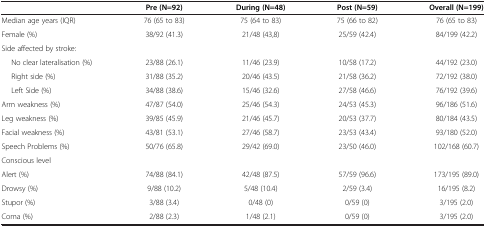
|  | Pre (N=92) | During (N=48) | Post (N=59) | Overall (N=199) |
 | --- | --- | --- | --- | --- |
 | Median age years (IQR) | 76 (65 to 83) | 75 (64 to 83) | 75 (66 to 82) | 76 (65 to 83) |
 | Female (%) | 38/92 (41.3) | 21/48 (43,8) | 25/59 (42.4) | 84/199 (42.2) |
 | Side affected by stroke: |  |  |  |  |
 | No clear lateralisation (%) | 23/88 (26.1) | 11/46 (23.9) | 10/58 (17.2) | 44/192 (23.0) |
 | Right side (%) | 31/88 (35.2) | 20/46 (43.5) | 21/58 (36.2) | 72/192 (38.0) |
 | Left Side (%) | 34/88 (38.6) | 15/46 (32.6) | 27/58 (46.6) | 76/192 (39.6) |
 | Arm weakness (%) | 47/87 (54.0) | 25/46 (54.3) | 24/53 (45.3) | 96/186 (51.6) |
 | Leg weakness (%) | 39/85 (45.9) | 21/46 (45.7) | 20/53 (37.7) | 80/184 (43.5) |
 | Facial weakness (%) | 43/81 (53.1) | 27/46 (58.7) | 23/53 (43.4) | 93/180 (52.0) |
 | Speech Problems (%) | 50/76 (65.8) | 29/42 (69.0) | 23/50 (46.0) | 102/168 (60.7) |
 | Conscious level |  |  |  |  |
 | Alert (%) | 74/88 (84.1) | 42/48 (87.5) | 57/59 (96.6) | 173/195 (89.0) |
 | Drowsy (%) | 9/88 (10.2) | 5/48 (10.4) | 2/59 (3.4) | 16/195 (8.2) |
 | Stupor (%) | 3/88 (3.4) | 0/48 (0) | 0/59 (0) | 3/195 (2.0) |
 | Coma (%) | 2/88 (2.3) | 1/48 (2.1) | 0/59 (0) | 3/195 (2.0) |